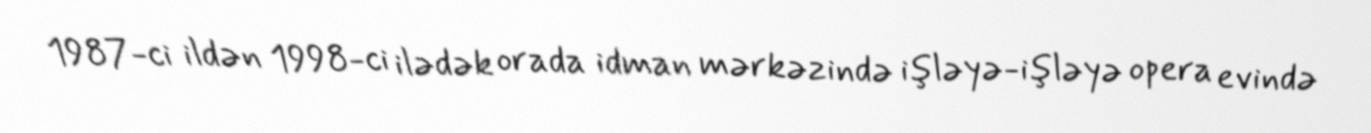
1987-ci ildən 1998-ci ilədək orada idman mərkəzində işləyə-işləyə opera evində